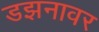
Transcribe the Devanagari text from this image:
डझनावर